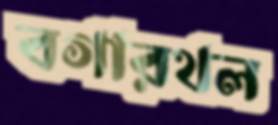
বগারথল